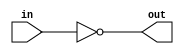
`timescale 1ns/1ps
module inv_1x(
input in,
output out
);

assign out = ~in;

specify
(in=>out)=(1.0,1.0);//Propagation delay from A to Y 0.5 when A becomes 0 to 1 0.3 when A becomes 1 to 0
endspecify

endmodule